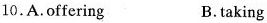
10.A.Offering B.taking